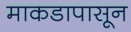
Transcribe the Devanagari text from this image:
माकडापासून